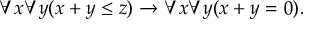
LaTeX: \forall x \forall y ( x + y \leq z ) \to \forall x \forall y ( x + y = 0 ) .